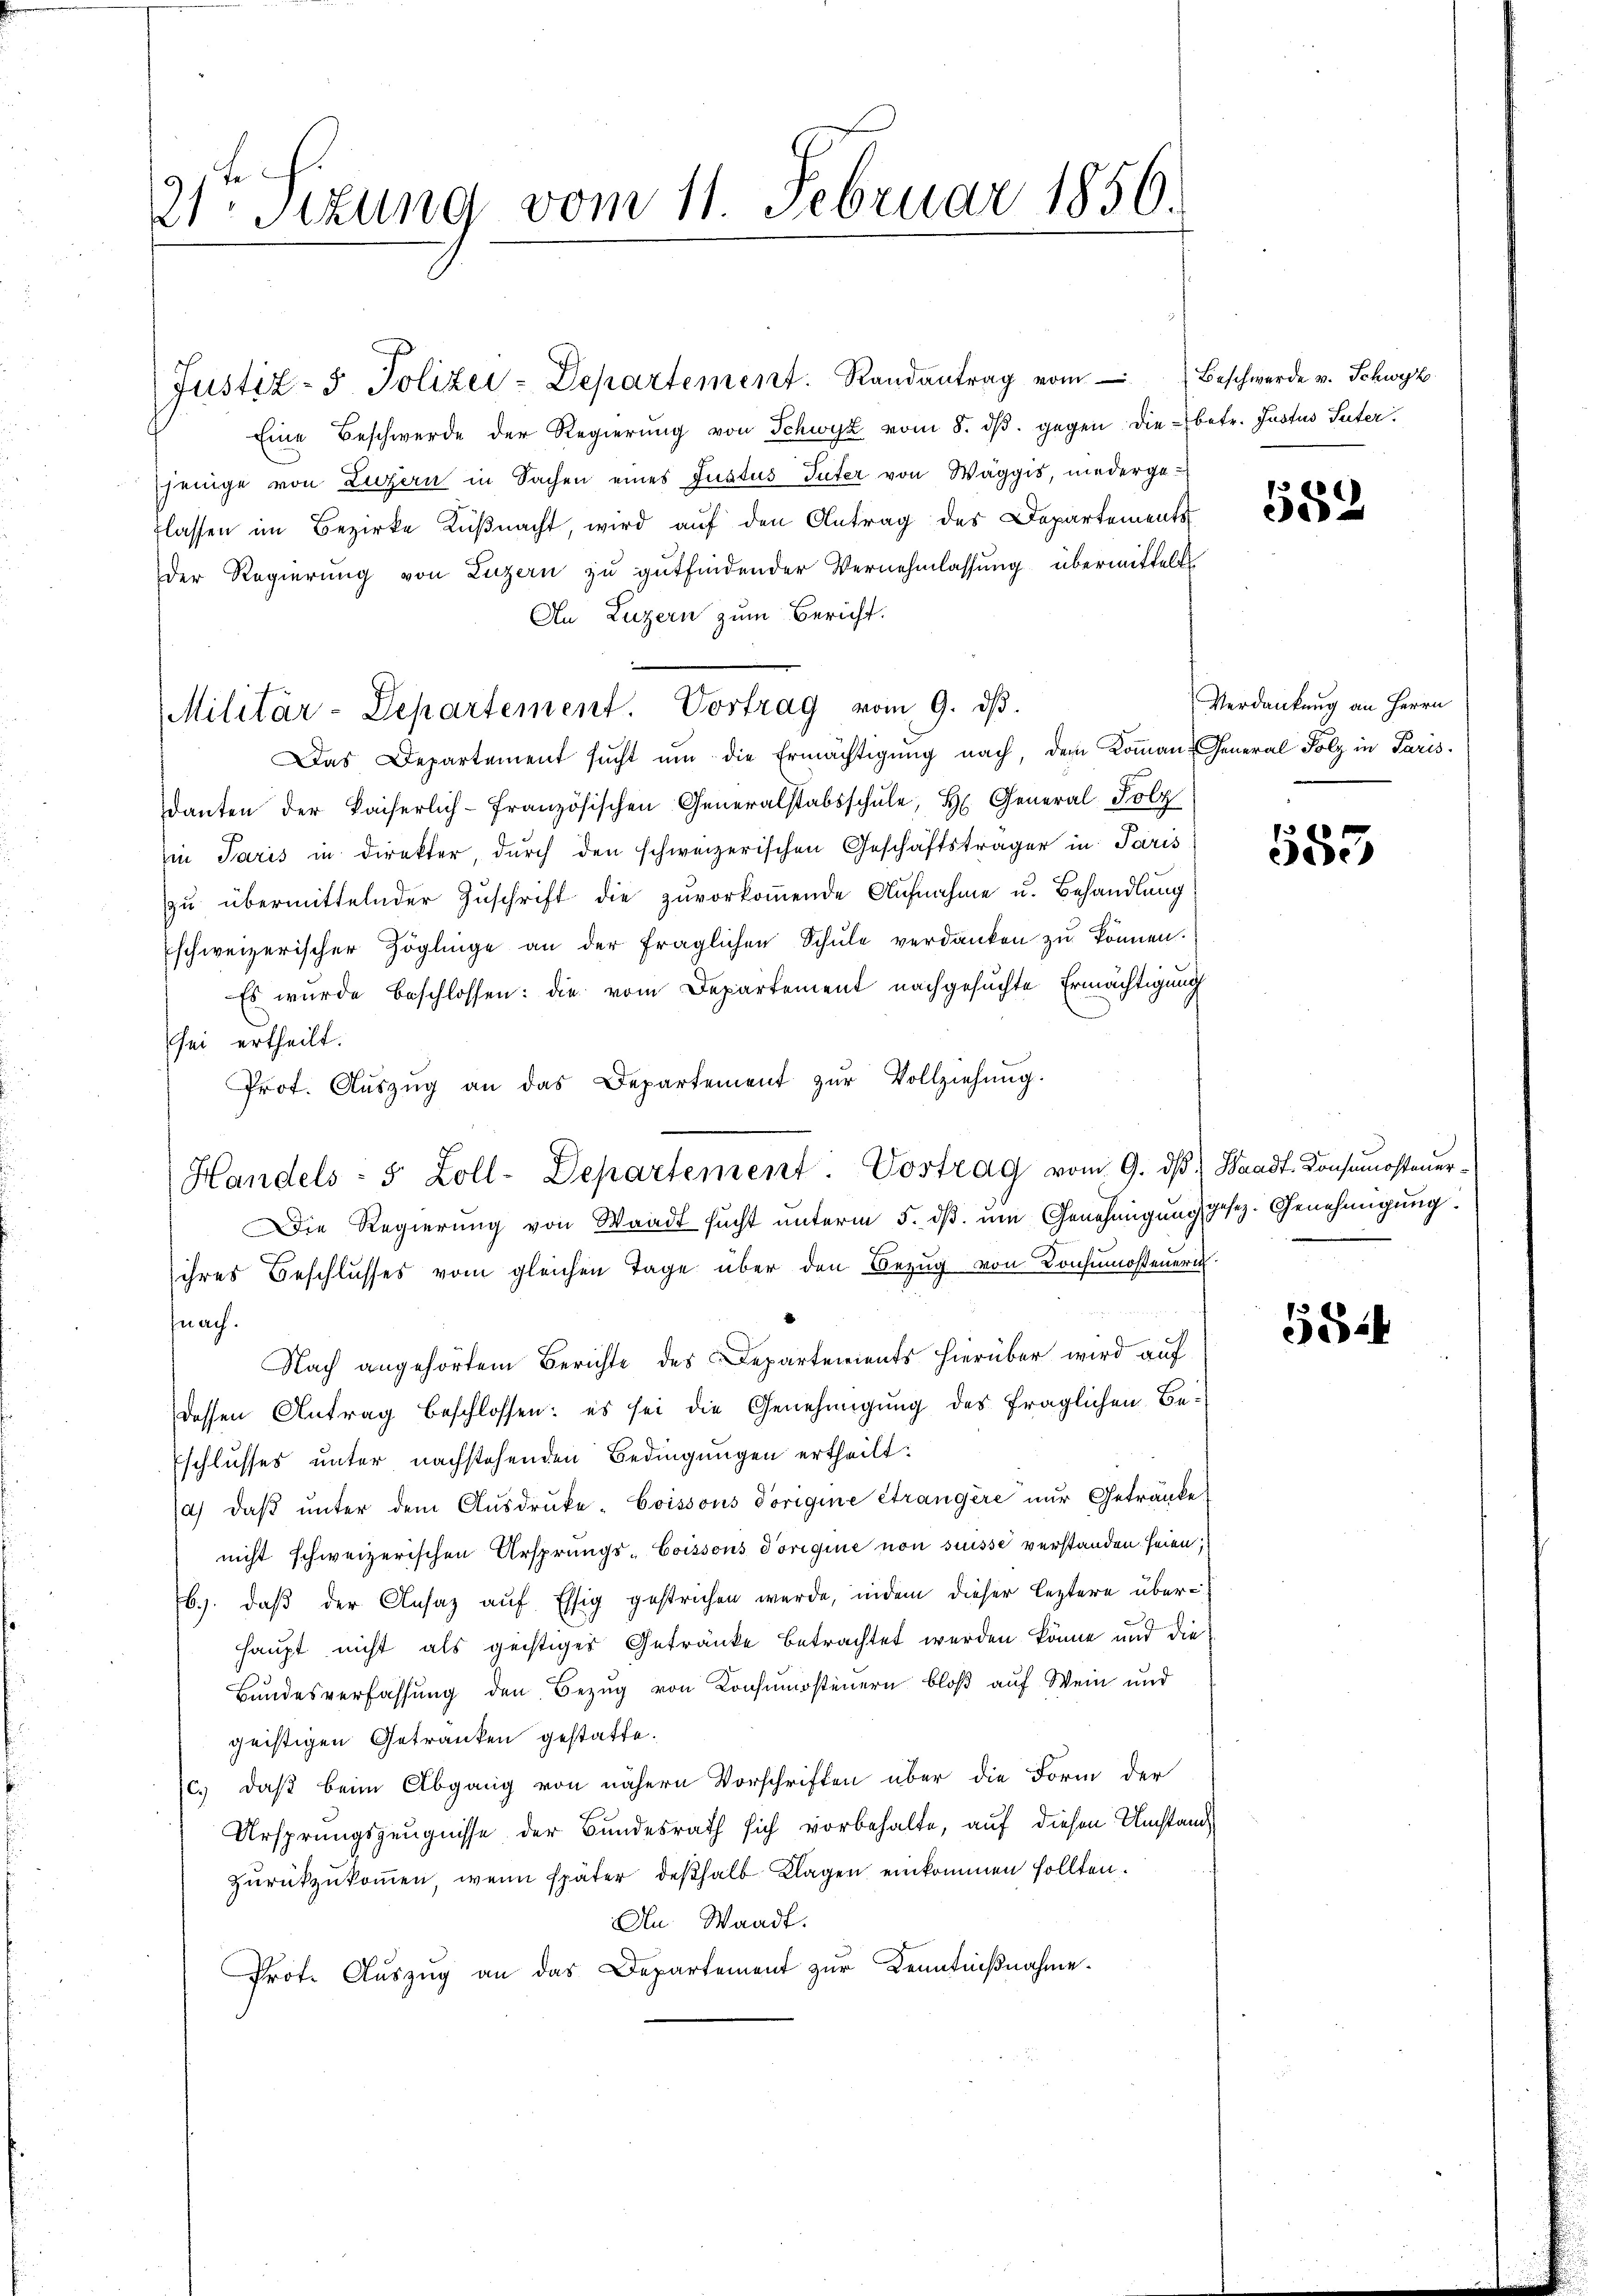
21ten Sizung vom 11. Februar 1856.

Militär-Departement. Vortrag vom 9. dβ.

Handels : 5 Zoll-Departement. Vortrag vom 9. dβ. Waadt. Konsumosteuer-

Justiz- u. Polizei-Departement. Randantrag vom Beschwerde v. Schwyz
Eine Beschwerde der Regierŭng von Schwyz vom 8. dβ. gegen die betr. Justus Suter
jenige von Luzern in Sachen eines Justus Tuter von Wäggis, niederge-
flassen im Bezirke Küßnacht, wird auf den Antrag des Departements
Der Regierung von Luzern zu gutfindender Vernehmlassung übermittelt
Au Luzern zum Bericht.
Das Departement sucht ŭm die Ermächtigung nach, dem Koman-General Folz in Paris
danten der Kaiserlich-Französischen Generalstabsschŭle, H. General-Polz
in Paris in direkter, durch den schweizerischen Geschäftsträger in Paris
zŭ übermittelnder Zuschrift die zuvorkoṁende Aufnahme u. Behandlung
schweizerischer Zöglinge an der fraglichen Schŭle verdanken zŭ können.
Es wurde beschlossen: die vom Departement nachgesuchte Ermächtigung
sei ertheilt.
Prot. Aŭszŭg an das Departement zŭr Vollziehŭng.
Die Regierung von Waadt sucht unterm 5. dβ. ŭm Genehmigung gesez. Genehmigŭng:
ihres Beschlusses vom gleichen Tage über den Bezug von Konsumosteneri
fnach.
Nach angehörtem Berichte des Departements hierüber wird auf
dessen Antrag beschlossen: es sei die Genehmigung des fraglichen Beschlusses unter nachstehenden Bedingungen ertheilt:
a) daβ ŭnter dem Aŭsdrŭcke- Coissous Vorigine Strangère nŭr Getränke
nicht schweizerischen Ursprungs-Coissous Vorigine non suisse verstanden seien;
b). daβ der Ansaz aŭf Essig gestrichen werde, indem dieser leztere überhaupt nicht als geistiges Getränke betrachtet werden könne und die
Bundesverfassung den Bezug von Konsumsteuern bloß auf Wein und
geistigen Getranken gestatte.
c.) daß beim Abgang von nähern Vorschriften über die Form der
Ursprungszeugnisse der Bundesrath sich vorbehalte, auf diesen Umstand
zurückzukommen, wenn später deßhalb Klagen einkommen sollten.
An Waadt.
Prot. Aŭszŭg an das Departement zur Kenntnißnahme.

589

Verdankung an Herrn

583

5524